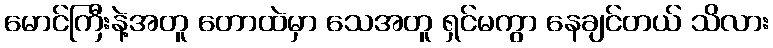
မောင်ကြီးနဲ့အတူ တောထဲမှာ သေအတူ ရှင်မကွာ နေချင်တယ် သိလား